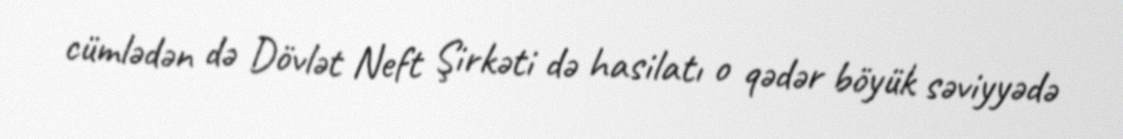
cümlədən də Dövlət Neft Şirkəti də hasilatı o qədər böyük səviyyədə